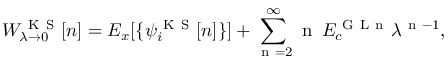
W _ { \lambda \to 0 } ^ { \mathrm { ~ K ~ S ~ } } [ n ] = E _ { x } [ \{ \psi _ { i } ^ { \mathrm { ~ K ~ S ~ } } [ n ] \} ] + \sum _ { \mathrm { ~ n ~ } = 2 } ^ { \infty } \mathrm { ~ n ~ } \, E _ { c } ^ { \mathrm { ~ G ~ L ~ n ~ } } \lambda ^ { \mathrm { ~ n ~ } - 1 } ,